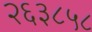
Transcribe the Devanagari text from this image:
२६३८५८